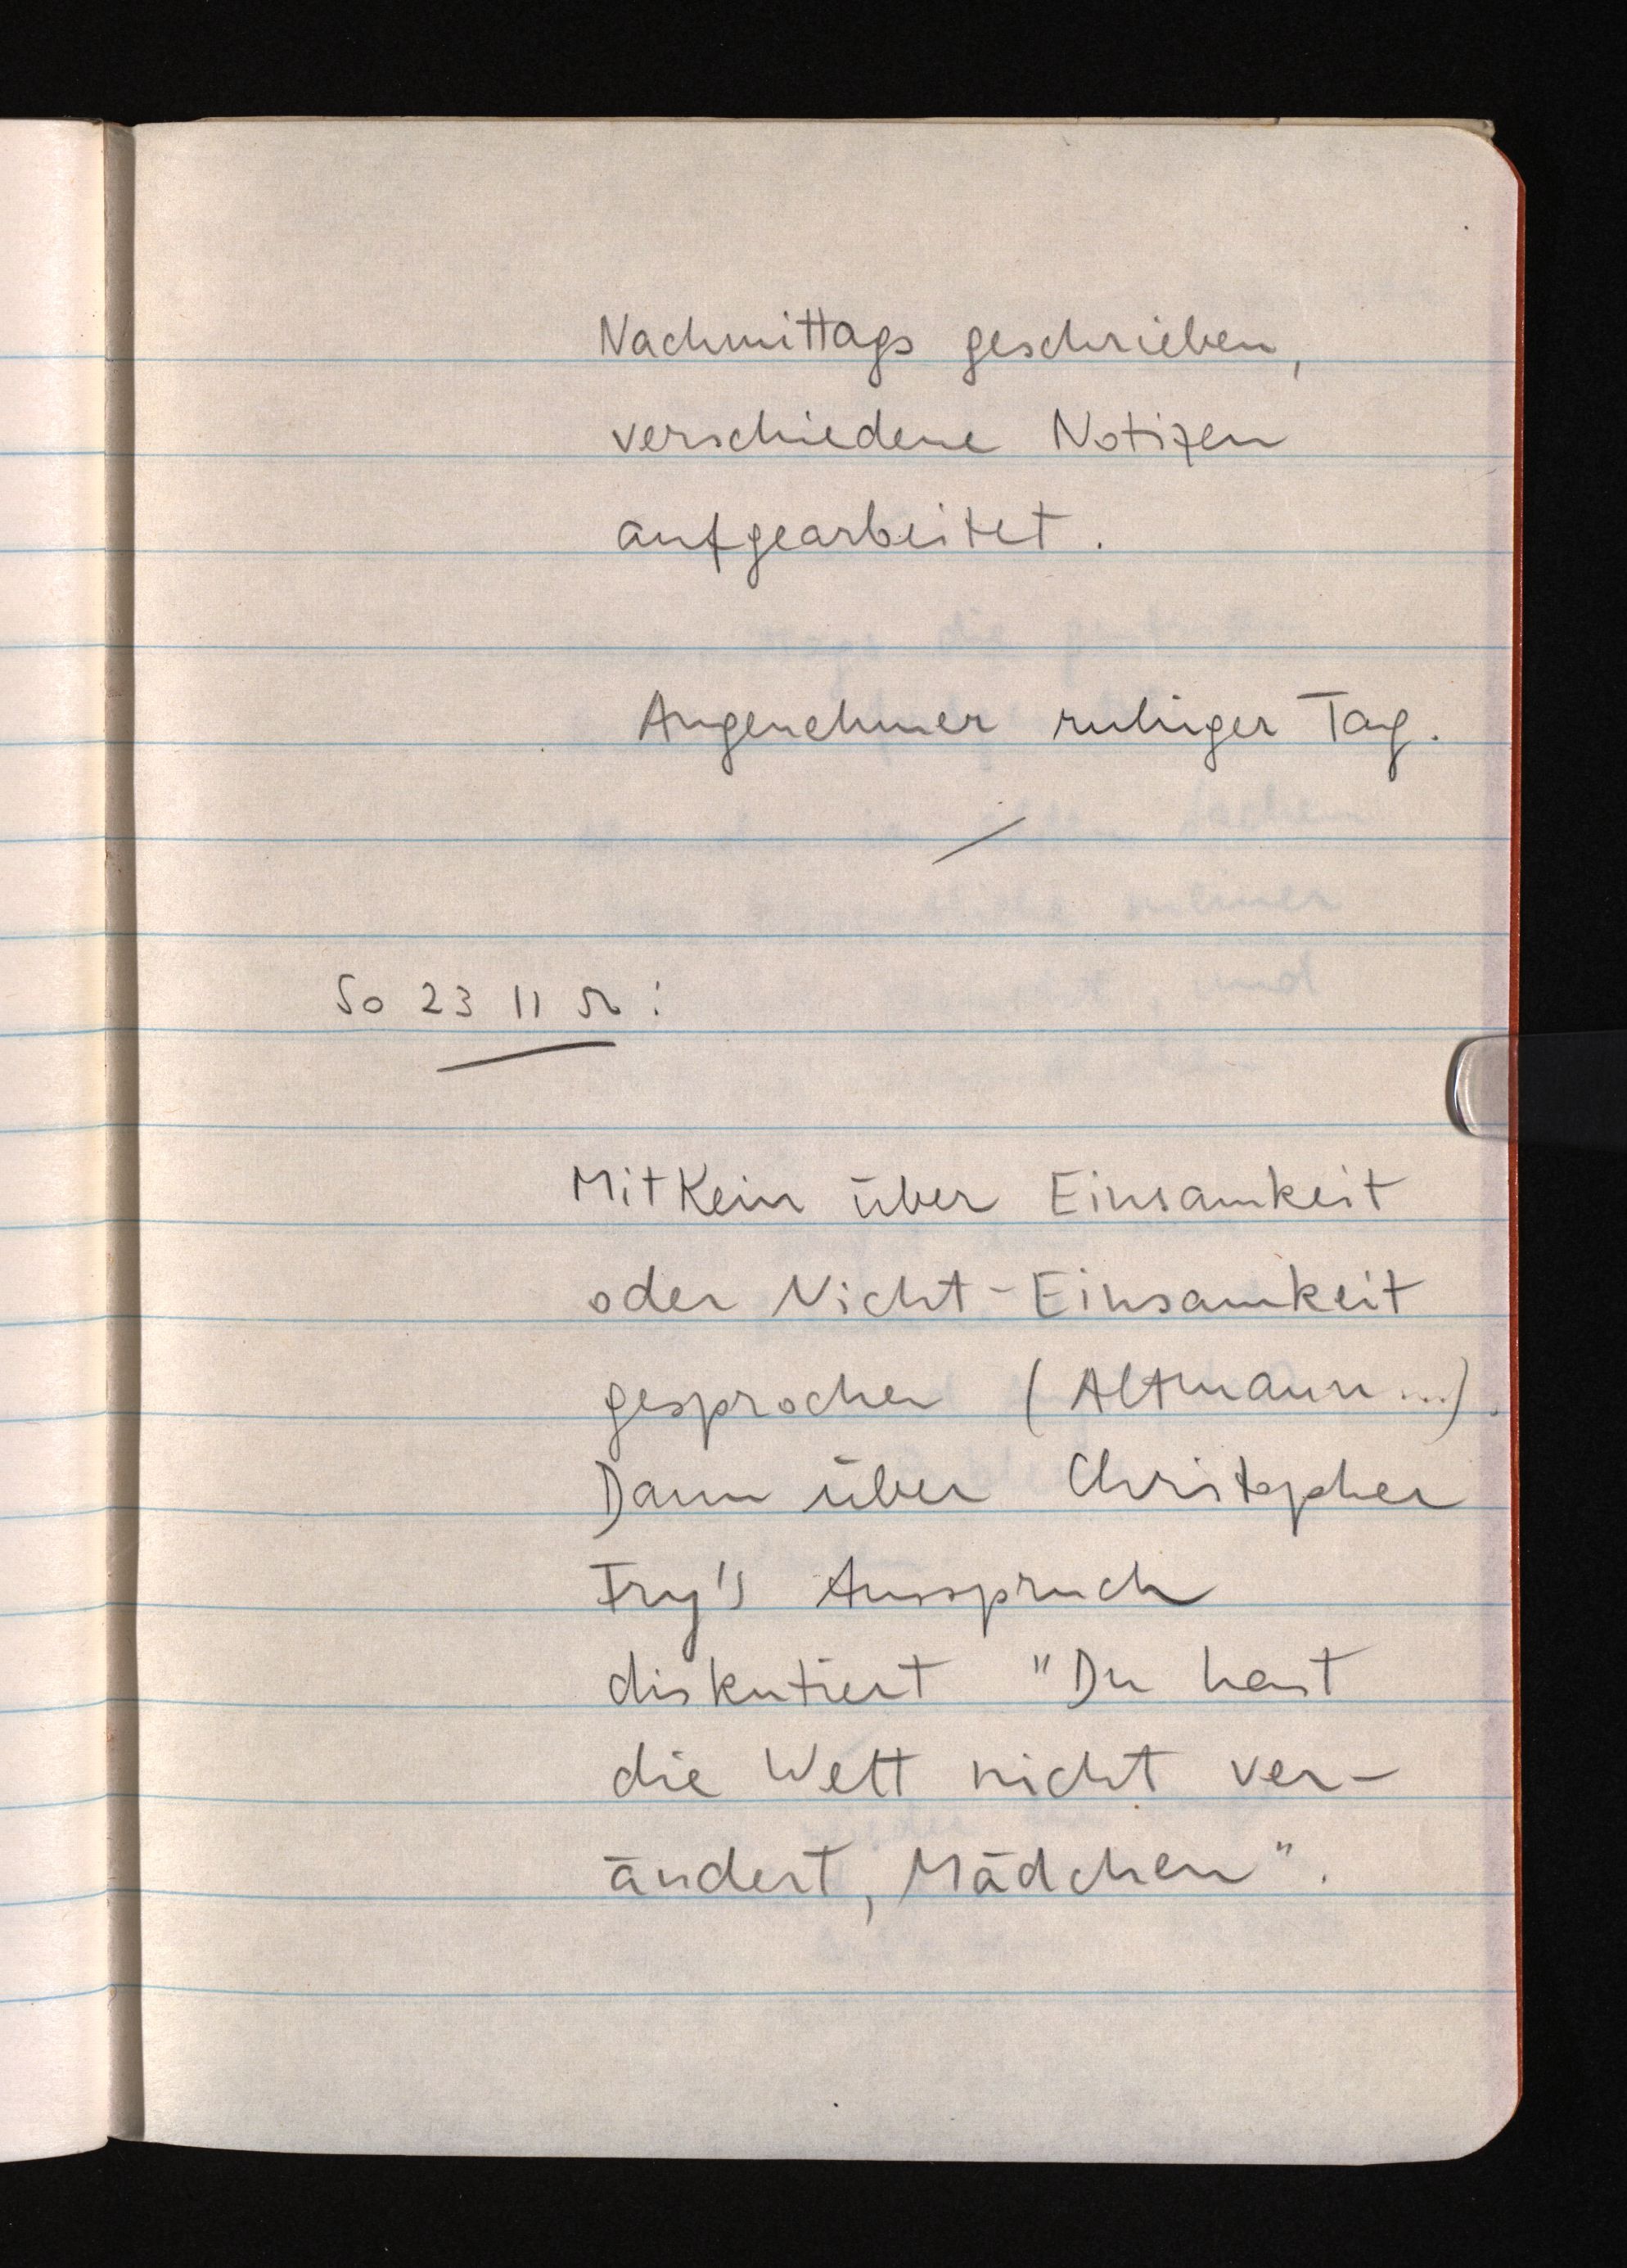
Nachmittags geschrieben,
verschiedene Notizen
aufgearbeitet.
Angenehmer ruhiger Tag.
So 23 11 52:
Mit Kein über Einsamkeit
oder Nicht-Einsamkeit
gesprochen (Altmann ...).
Dann über Christopher
Try's Ausspruch
diskutiert "Du hast
die Welt nicht ver¬
ändert, Mädchen".